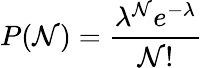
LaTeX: P(\mathcal{N})=\frac{{\lambda^{\mathcal{N}}e^{-\lambda}}}{{\mathcal{N}!}}